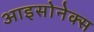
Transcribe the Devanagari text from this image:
आइसोनेक्स